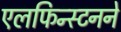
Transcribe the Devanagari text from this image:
एलफिन्स्टनने